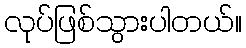
လုပ်ဖြစ်သွားပါတယ်။